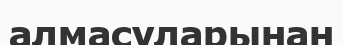
алмасуларынан